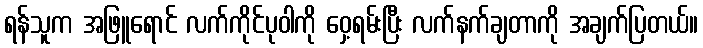
ရန်သူက အဖြူရောင် လက်ကိုင်ပုဝါကို ဝှေ့ရမ်းပြီး လက်နက်ချတာကို အချက်ပြတယ်။